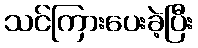
သင်ကြားပေးခဲ့ပြီး